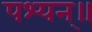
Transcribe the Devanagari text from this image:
पश्यन्॥